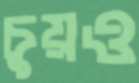
চুয়ও